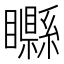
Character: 𥌭